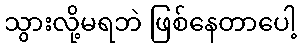
သွားလို့မရဘဲ ဖြစ်နေတာပေါ့